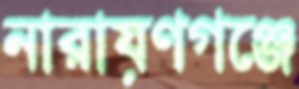
নারায়ণগঞ্জে